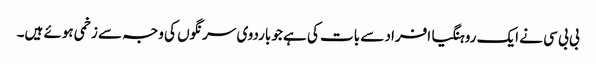
بی بی سی نے ایک روہنگیا افراد سے بات کی ہے جو باردوی سرنگوں کی وجہ سے زخمی ہوئے ہیں۔